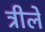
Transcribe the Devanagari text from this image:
त्रीले